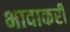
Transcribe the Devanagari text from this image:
भावाकरी